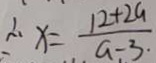
\therefore x = \frac { 1 2 + 2 G } { a - 3 . }